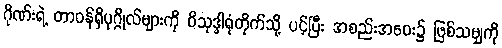
ဂိုဏ်းရဲ့ တာဝန်ရှိပုဂ္ဂိုလ်များကို ဝိသုဒ္ဓါရုံတိုက်သို့ ပင့်ပြီး အစည်းအဝေး၌ ဖြစ်သမျှကို